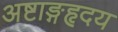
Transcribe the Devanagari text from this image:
अष्टाङ्गहृदय